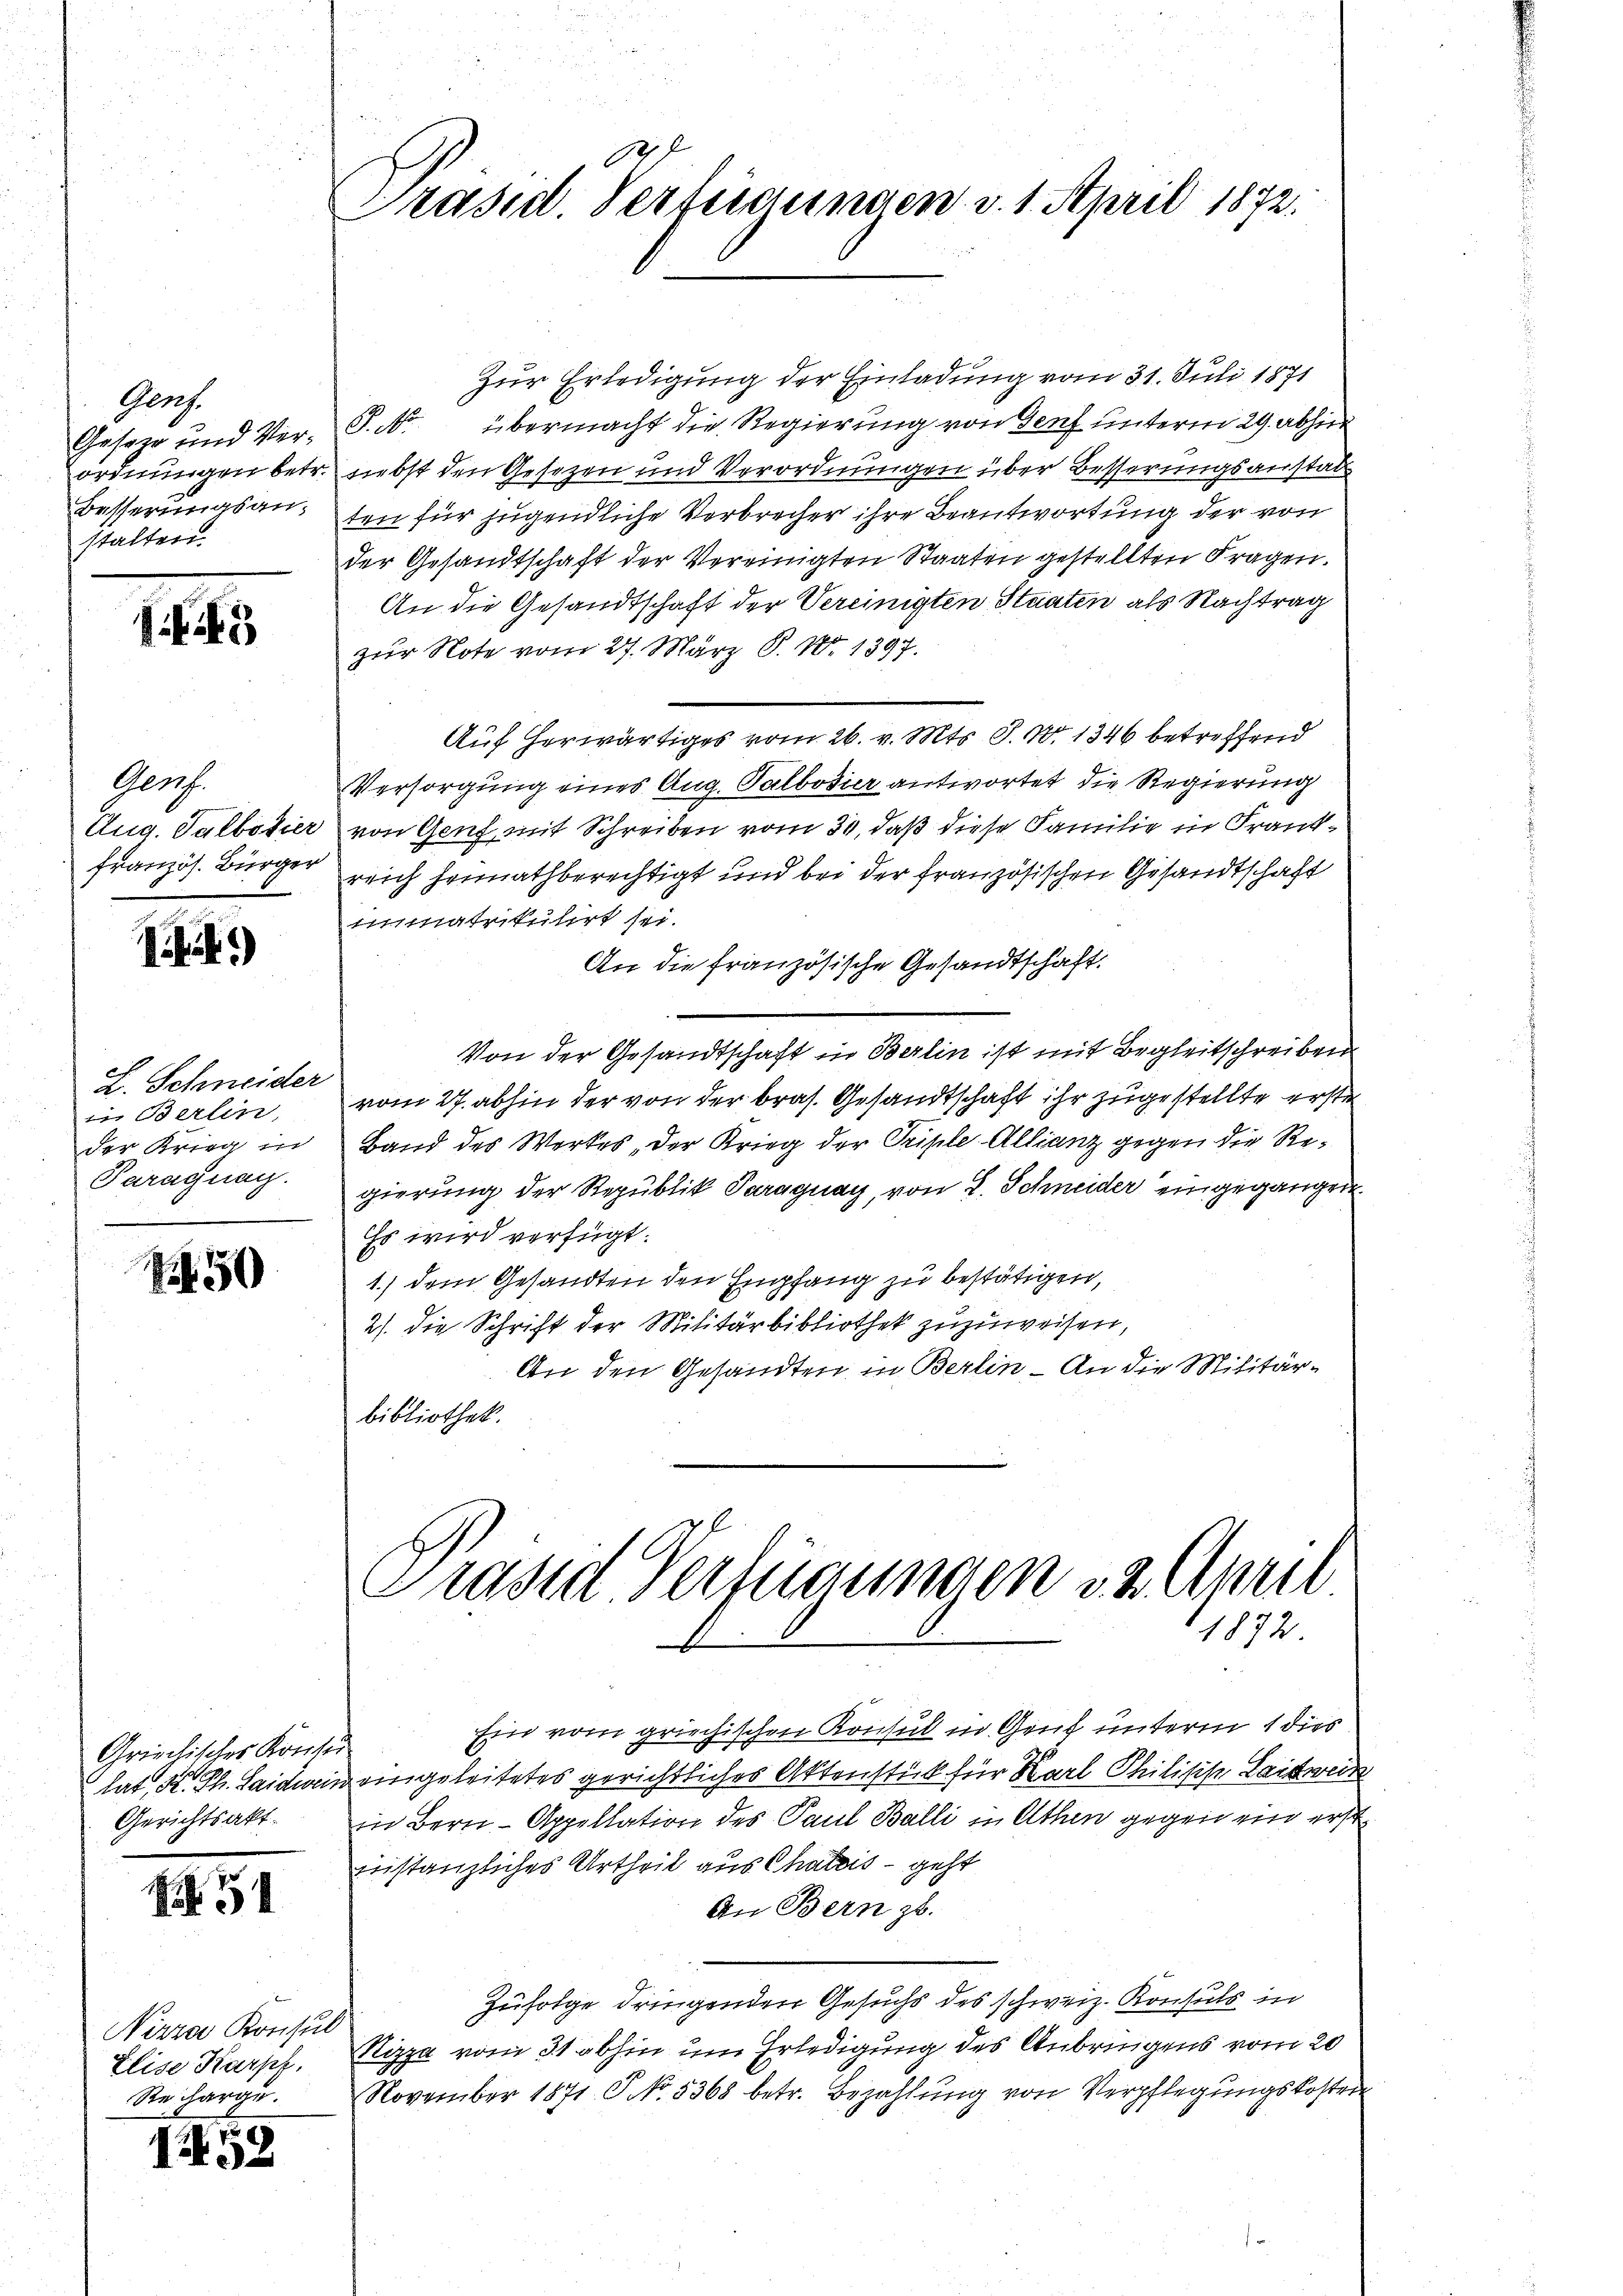
Gers.
Besserungsan-
stalten.

Ger.

i)

L. Schneider
in Berlin,
Paragung.

Nr. 30

Griechisches Kriese
hat, St. Ph. Haidwein
Gerichtsakt

5

Nizza Konsul
Elise Karph.
Recharge.

E

Zur Erledigung der Einladung vom 31. Juli 1871
Geseze und Ver- P. Nr. übermacht die Regierung von Genf unterm 29. abhin
ordnungen betr. nebst den Gesezen und Verordnungen über Besserungsanstattten für jugendliche Verbrecher ihre Beantwortung der von
der Gesandtschaft der Vereinigten Staaten gestellten Fragen.
An die Gesandtschaft der Vereinigten Staaten als Nachtrag
zur Note vom 27. März P. Nr. 1397.
Auf herwärtiges vom 26. v. Mts. S. Nr. 1346 betreffend
Versorgung eines Aug. Palbosier antwortet, die Regierung
Aug. Salbotier von Genf mit Schreiben vom 30, daß diese Familie in Frankfranzös. Bürger reich heimathberechtigt und bei der französischen Gesandtschaft
atrikulirt sei
An die französische Gesandtschaft.
Von der Gesandtschaft in Berlin ist mit Begleitschreiben
vom 27. abhin der von der bras. Gesandtschaft ihr zugestellte erste
der Krieg in Band des Werkes, der Krieg der Triple-Allianz gegen die Regierung der Republik Paraguay, von J. Schneider eingegangen.
Es wird verfügt:
1.) dem Gesandten den Empfang zu bestätigen,
2). Die Schrift der Militärbibliothek zuzuweisen,
An den Gesandten in Berlin - An die Militärbibliothek.

147
Präsid. Verfügungen v. 1. April 1872.

Präsid. Verfügungen da Annel
1872.

Ein vom griechischen Konsul in Gent unterm 1 dies
geingeleitetes gerichtliches Aktenstück für Karl Philische Leitwei
in Bern - Appellation des Paul Balli in Athen gegen ein erst
iinstanzliches Urtheil aus Chatris - geht
An Bern zu
Zufolge dringenden Gesuchs des schweiz. Konsuls in
Nizza vom 31 abhin um Erledigung des Anbringens vom 20
November 1871 P No. 5368 betr. Bezahlung von Verpflegungskosten